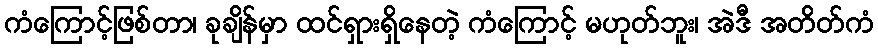
ကံကြောင့်ဖြစ်တာ၊ ခုချိန်မှာ ထင်ရှားရှိနေတဲ့ ကံကြောင့် မဟုတ်ဘူး၊ အဲဒီ အတိတ်ကံ